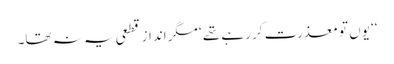
‘‘ یوں تو معذرت کر رہے تھے ‘ مگر انداز قطعی یہ نہ تھا۔